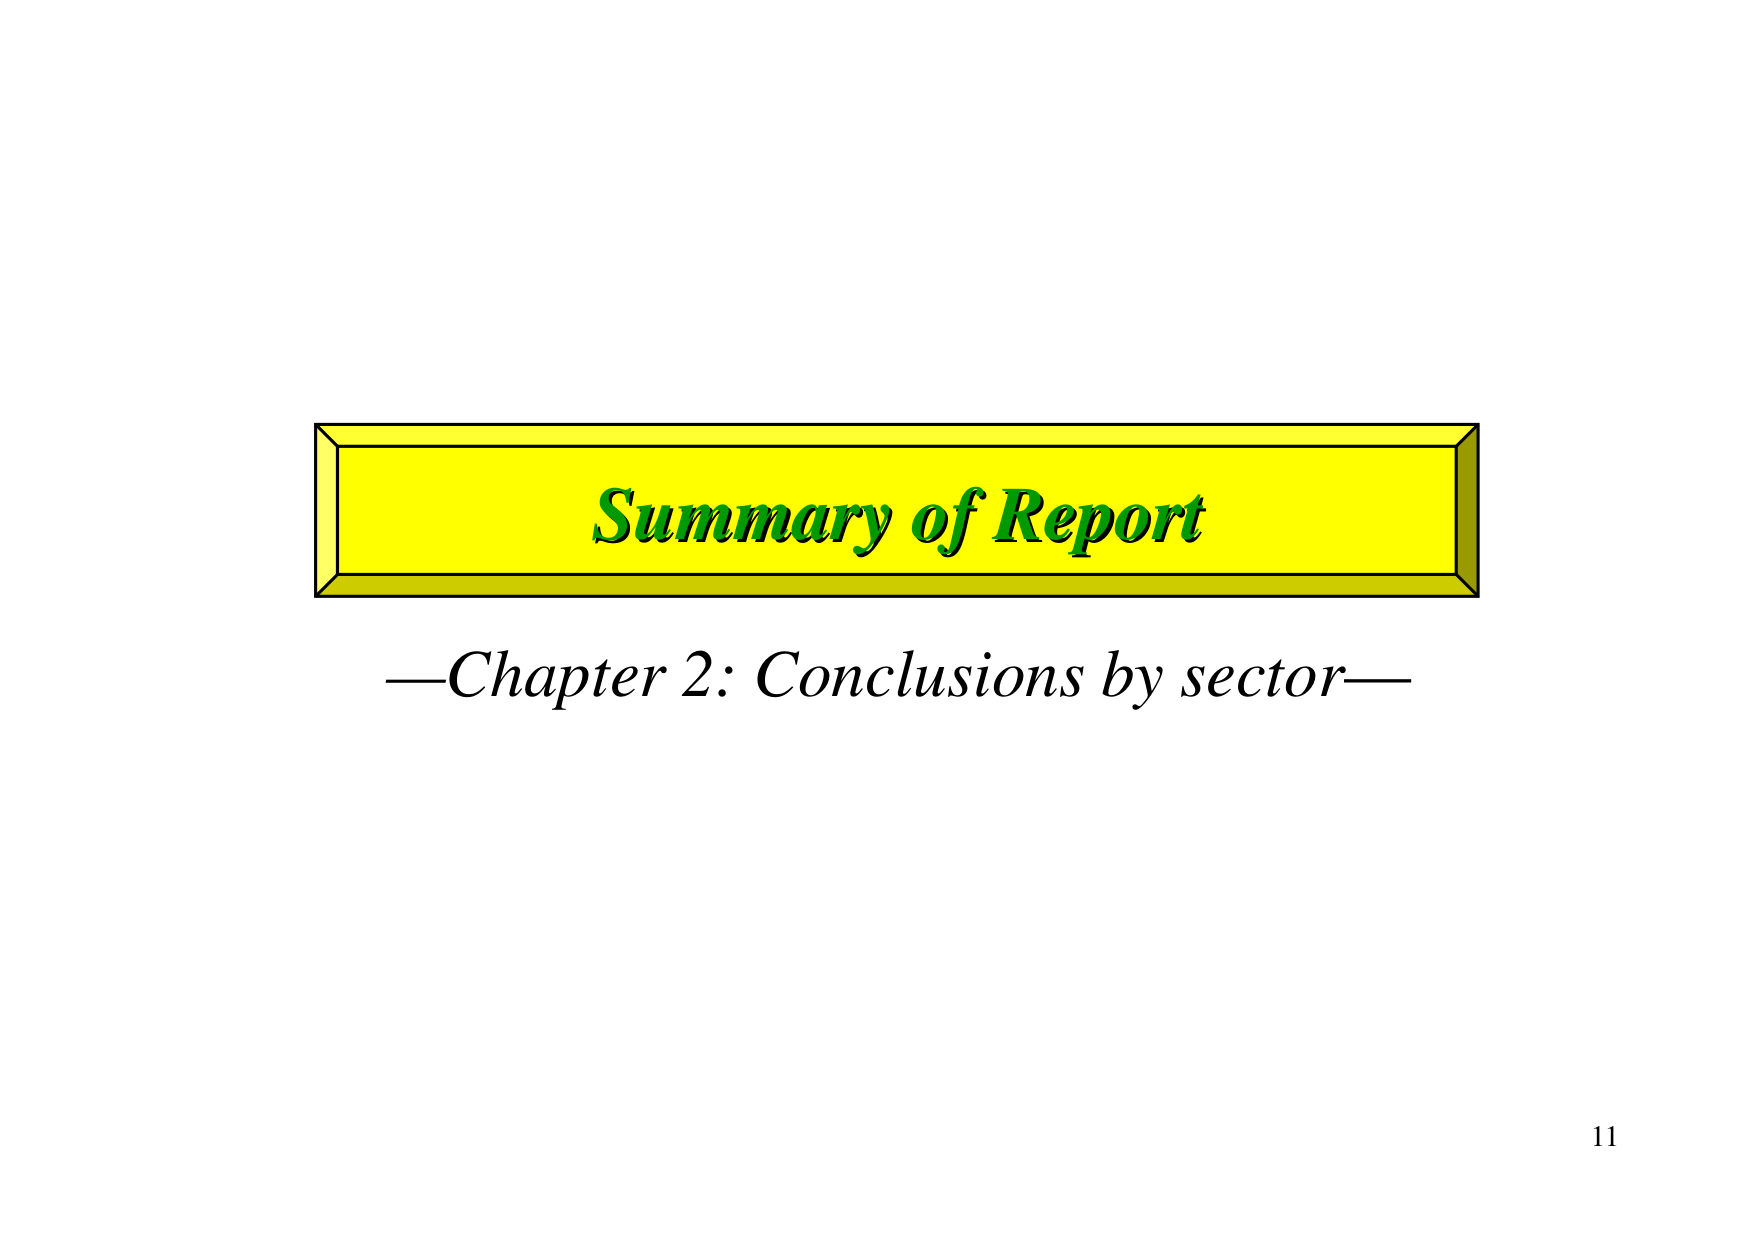
Summary of Report
—Chapter 2: Conclusions by sector—
11